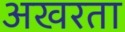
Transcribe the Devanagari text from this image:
अखरता